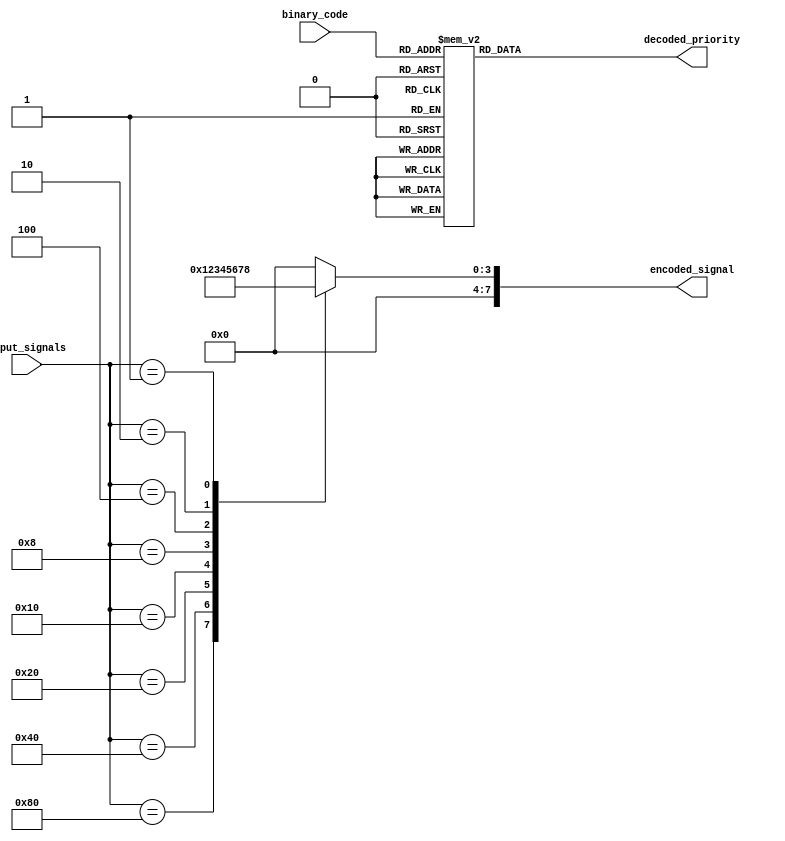
module PriorityEncoderDecoder (
    input [7:0] input_signals,
    input [2:0] binary_code,
    output reg [7:0] encoded_signal,
    output reg [2:0] decoded_priority
);

always @(*) begin
    case(input_signals)
        8'b10000000: encoded_signal = 8'b00000001; // Input 0 has highest priority
        8'b01000000: encoded_signal = 8'b00000010; // Input 1 has highest priority
        8'b00100000: encoded_signal = 8'b00000011; // Input 2 has highest priority
        8'b00010000: encoded_signal = 8'b00000100; // Input 3 has highest priority
        8'b00001000: encoded_signal = 8'b00000101; // Input 4 has highest priority
        8'b00000100: encoded_signal = 8'b00000110; // Input 5 has highest priority
        8'b00000010: encoded_signal = 8'b00000111; // Input 6 has highest priority
        8'b00000001: encoded_signal = 8'b00001000; // Input 7 has highest priority
        default: encoded_signal = 8'b00000000; // No valid input
    endcase
end

always @(*) begin
    case(binary_code)
        3'b000: decoded_priority = 3'b000; // Binary code 000 corresponds to Input 0
        3'b001: decoded_priority = 3'b001; // Binary code 001 corresponds to Input 1
        3'b010: decoded_priority = 3'b010; // Binary code 010 corresponds to Input 2
        3'b011: decoded_priority = 3'b011; // Binary code 011 corresponds to Input 3
        3'b100: decoded_priority = 3'b100; // Binary code 100 corresponds to Input 4
        3'b101: decoded_priority = 3'b101; // Binary code 101 corresponds to Input 5
        3'b110: decoded_priority = 3'b110; // Binary code 110 corresponds to Input 6
        3'b111: decoded_priority = 3'b111; // Binary code 111 corresponds to Input 7
        default: decoded_priority = 3'b000; // No valid binary code
    endcase
end

endmodule